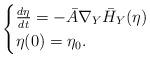
LaTeX: \begin{align*} \begin{cases}\frac{d \eta}{dt} = - \bar{A} \nabla_Y \bar{H}_Y(\eta ) \\\eta (0) = \eta_0.\end{cases}\end{align*}